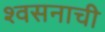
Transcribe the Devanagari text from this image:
श्वसनाची